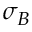
\sigma _ { B }